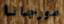
مورجانا